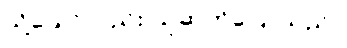
သို့သော်လည်း သူဆက်ပြောသည်။